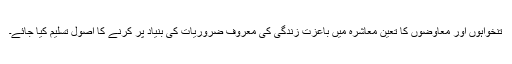
تنخواہوں اور معاوضوں کا تعین معاشرہ میں باعزت زندگی کی معروف ضروریات کی بنیاد پر کرنے کا اصول تسلیم کیا جائے۔